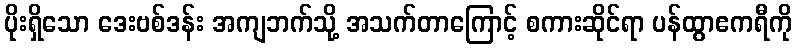
ပိုးရှိသော ဒေးဗစ်ဒန်း အကျဘက်သို့ အသက်တာကြောင့် စကားဆိုင်ရာ ပန်ထွာဧကရီကို